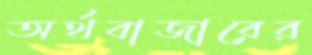
অর্থবাজারের